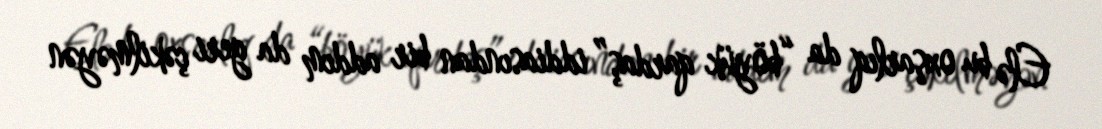
Elə bu oxşarlıq da “böyük qardaş” iddiasından bir addım da geri çəkilməyən